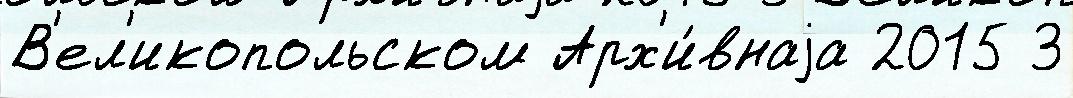
В'ел'икопольском Арх'и́внаjа 2015 3